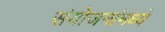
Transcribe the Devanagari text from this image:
संयोजनांमध्ये